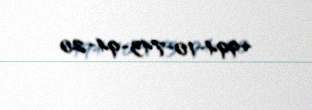
+994-10-743-94-20